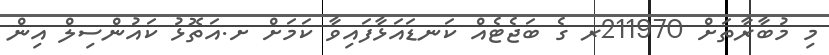
މި މުބާރާތަށް 211970ރ ގެ ބަޖެޓެއް ކަނޑައަޅާފައިވާ ކަމަށް ށ.އަތޮޅު ކައުންސިލް އިން